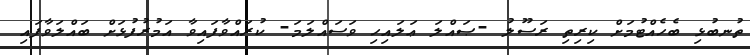
ތުނބުޅި ބެހެއްޓުމަށް ކިރިތި ރަސޫލު -ޞައްލަ ޢަލައިހި ވަސައްލަމަ- ކުރައްވާފައިވާ އަމުރުފުޅަށް ބައްލަވާފައި